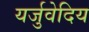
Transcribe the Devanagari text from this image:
यर्जुवेदिय